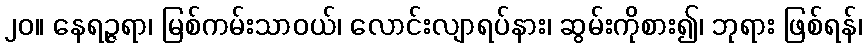
၂၀။ နေရဉ္ဇရာ၊ မြစ်ကမ်းသာဝယ်၊ လောင်းလျာရပ်နား၊ ဆွမ်းကိုစား၍၊ ဘုရား ဖြစ်ရန်၊